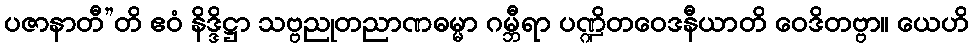
ပဇာနာတီ”တိ ဧဝံ နိဒ္ဒိဋ္ဌာ သဗ္ဗညုတညာဏဓမ္မာ ဂမ္ဘီရာ ပဏ္ဍိတဝေဒနီယာတိ ဝေဒိတဗ္ဗာ။ ယေဟိ